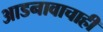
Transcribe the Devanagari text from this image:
आडनावाचाही